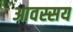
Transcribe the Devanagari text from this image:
आवस्सय